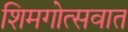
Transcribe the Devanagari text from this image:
शिमगोत्सवात